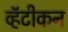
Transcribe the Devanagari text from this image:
व्हॅटीकन